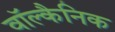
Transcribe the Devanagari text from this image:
वॉल्कैनिक